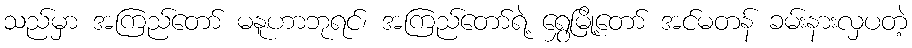
သည်မှာ အကြည်တော် မနူဟာဘုရင်၊ အကြည်တော်ရဲ့ ရွှေမြို့တော် အင်မတန် ခမ်းနားလှပတဲ့